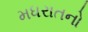
મધરાતનો